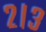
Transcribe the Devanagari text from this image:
२।३